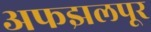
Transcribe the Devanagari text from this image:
अफझलपूर